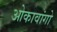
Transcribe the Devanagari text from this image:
ओकावांगो